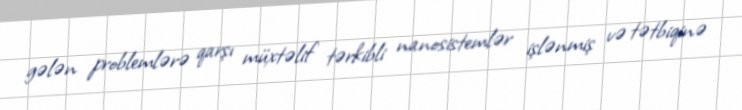
gələn problemlərə qarşı müxtəlif tərkibli nanosistemlər işlənmiş və tətbiqinə